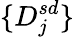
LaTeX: \{ D_{j}^{sd}\}